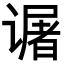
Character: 𬤜